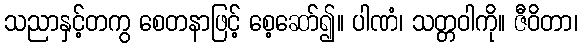
သညာနှင့်တကွ စေတနာဖြင့် စေ့ဆော်၍။ ပါဏံ၊ သတ္တဝါကို။ ဇီဝိတာ၊